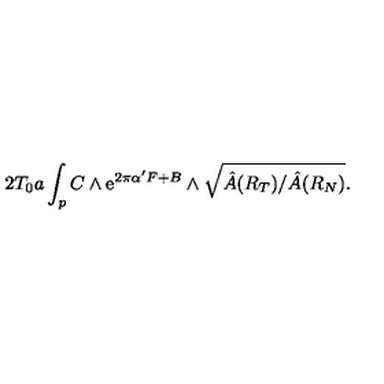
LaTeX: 2 T _ { 0 } a \int _ { p } C \wedge \mathrm { e } ^ { 2 \pi \alpha ^ { \prime } F + B } \wedge \sqrt { \hat { A } ( R _ { T } ) / \hat { A } ( R _ { N } ) } .